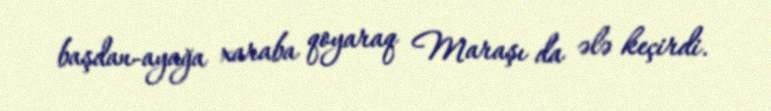
başdan-ayağa xaraba qoyaraq Maraşı da ələ keçirdi.